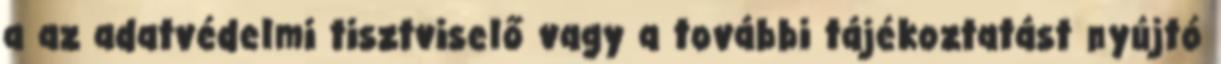
a az adatvédelmi tisztviselő vagy a további tájékoztatást nyújtó